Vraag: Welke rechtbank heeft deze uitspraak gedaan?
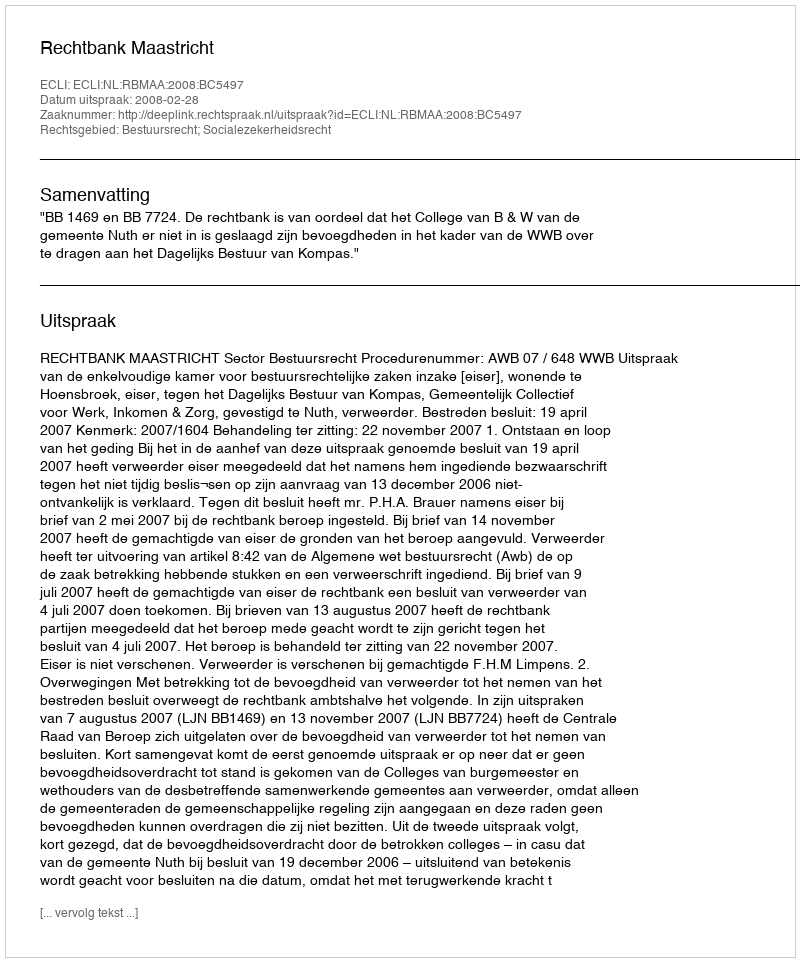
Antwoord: Rechtbank Maastricht